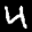
Label: 4